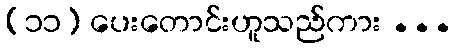
(၁၁) ပေးတောင်းဟူသည်ကား ...